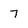
Character: 7